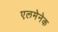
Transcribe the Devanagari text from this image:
एलमेनेक